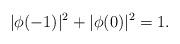
LaTeX: \begin{align*}|\phi(-1)|^2 + |\phi(0)|^2 = 1.\end{align*}